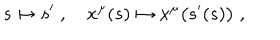
LaTeX: s \mapsto s ^ { \prime } \; , \quad x ^ { \mu } ( s ) \mapsto x ^ { \mu } \big ( s ^ { \prime } ( s ) \big ) \; ,